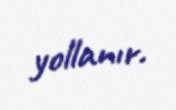
yollanır.